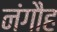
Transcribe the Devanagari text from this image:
नंगौह